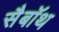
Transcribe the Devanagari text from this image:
सैबॉथ